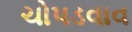
ચોપડવાવ